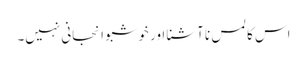
اس کا لمس نا آشنا اور خوشبو انجانی نہیں۔